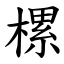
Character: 樏